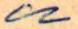
u